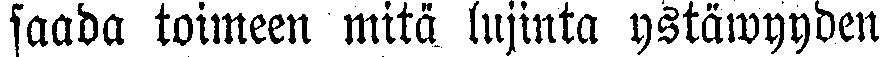
saada toimeen mitä lujinta ystäwyyden